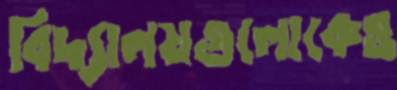
বিদ্যালয়গুলোকেও